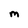
Character: M